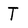
Character: T